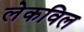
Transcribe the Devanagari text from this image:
लेकविल